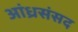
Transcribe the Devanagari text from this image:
आंध्रसंसद